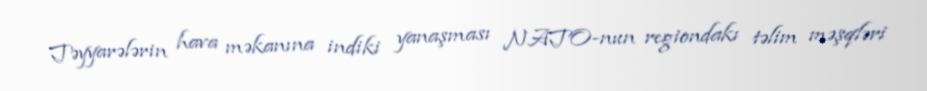
Təyyarələrin hava məkanına indiki yanaşması NATO-nun regiondakı təlim məşqləri